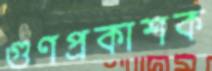
গুণপ্রকাশক